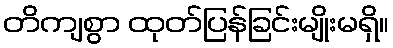
တိကျစွာ ထုတ်ပြန်ခြင်းမျိုးမရှိ။